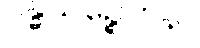
ဂန္ဓသဉ္စေတနာ